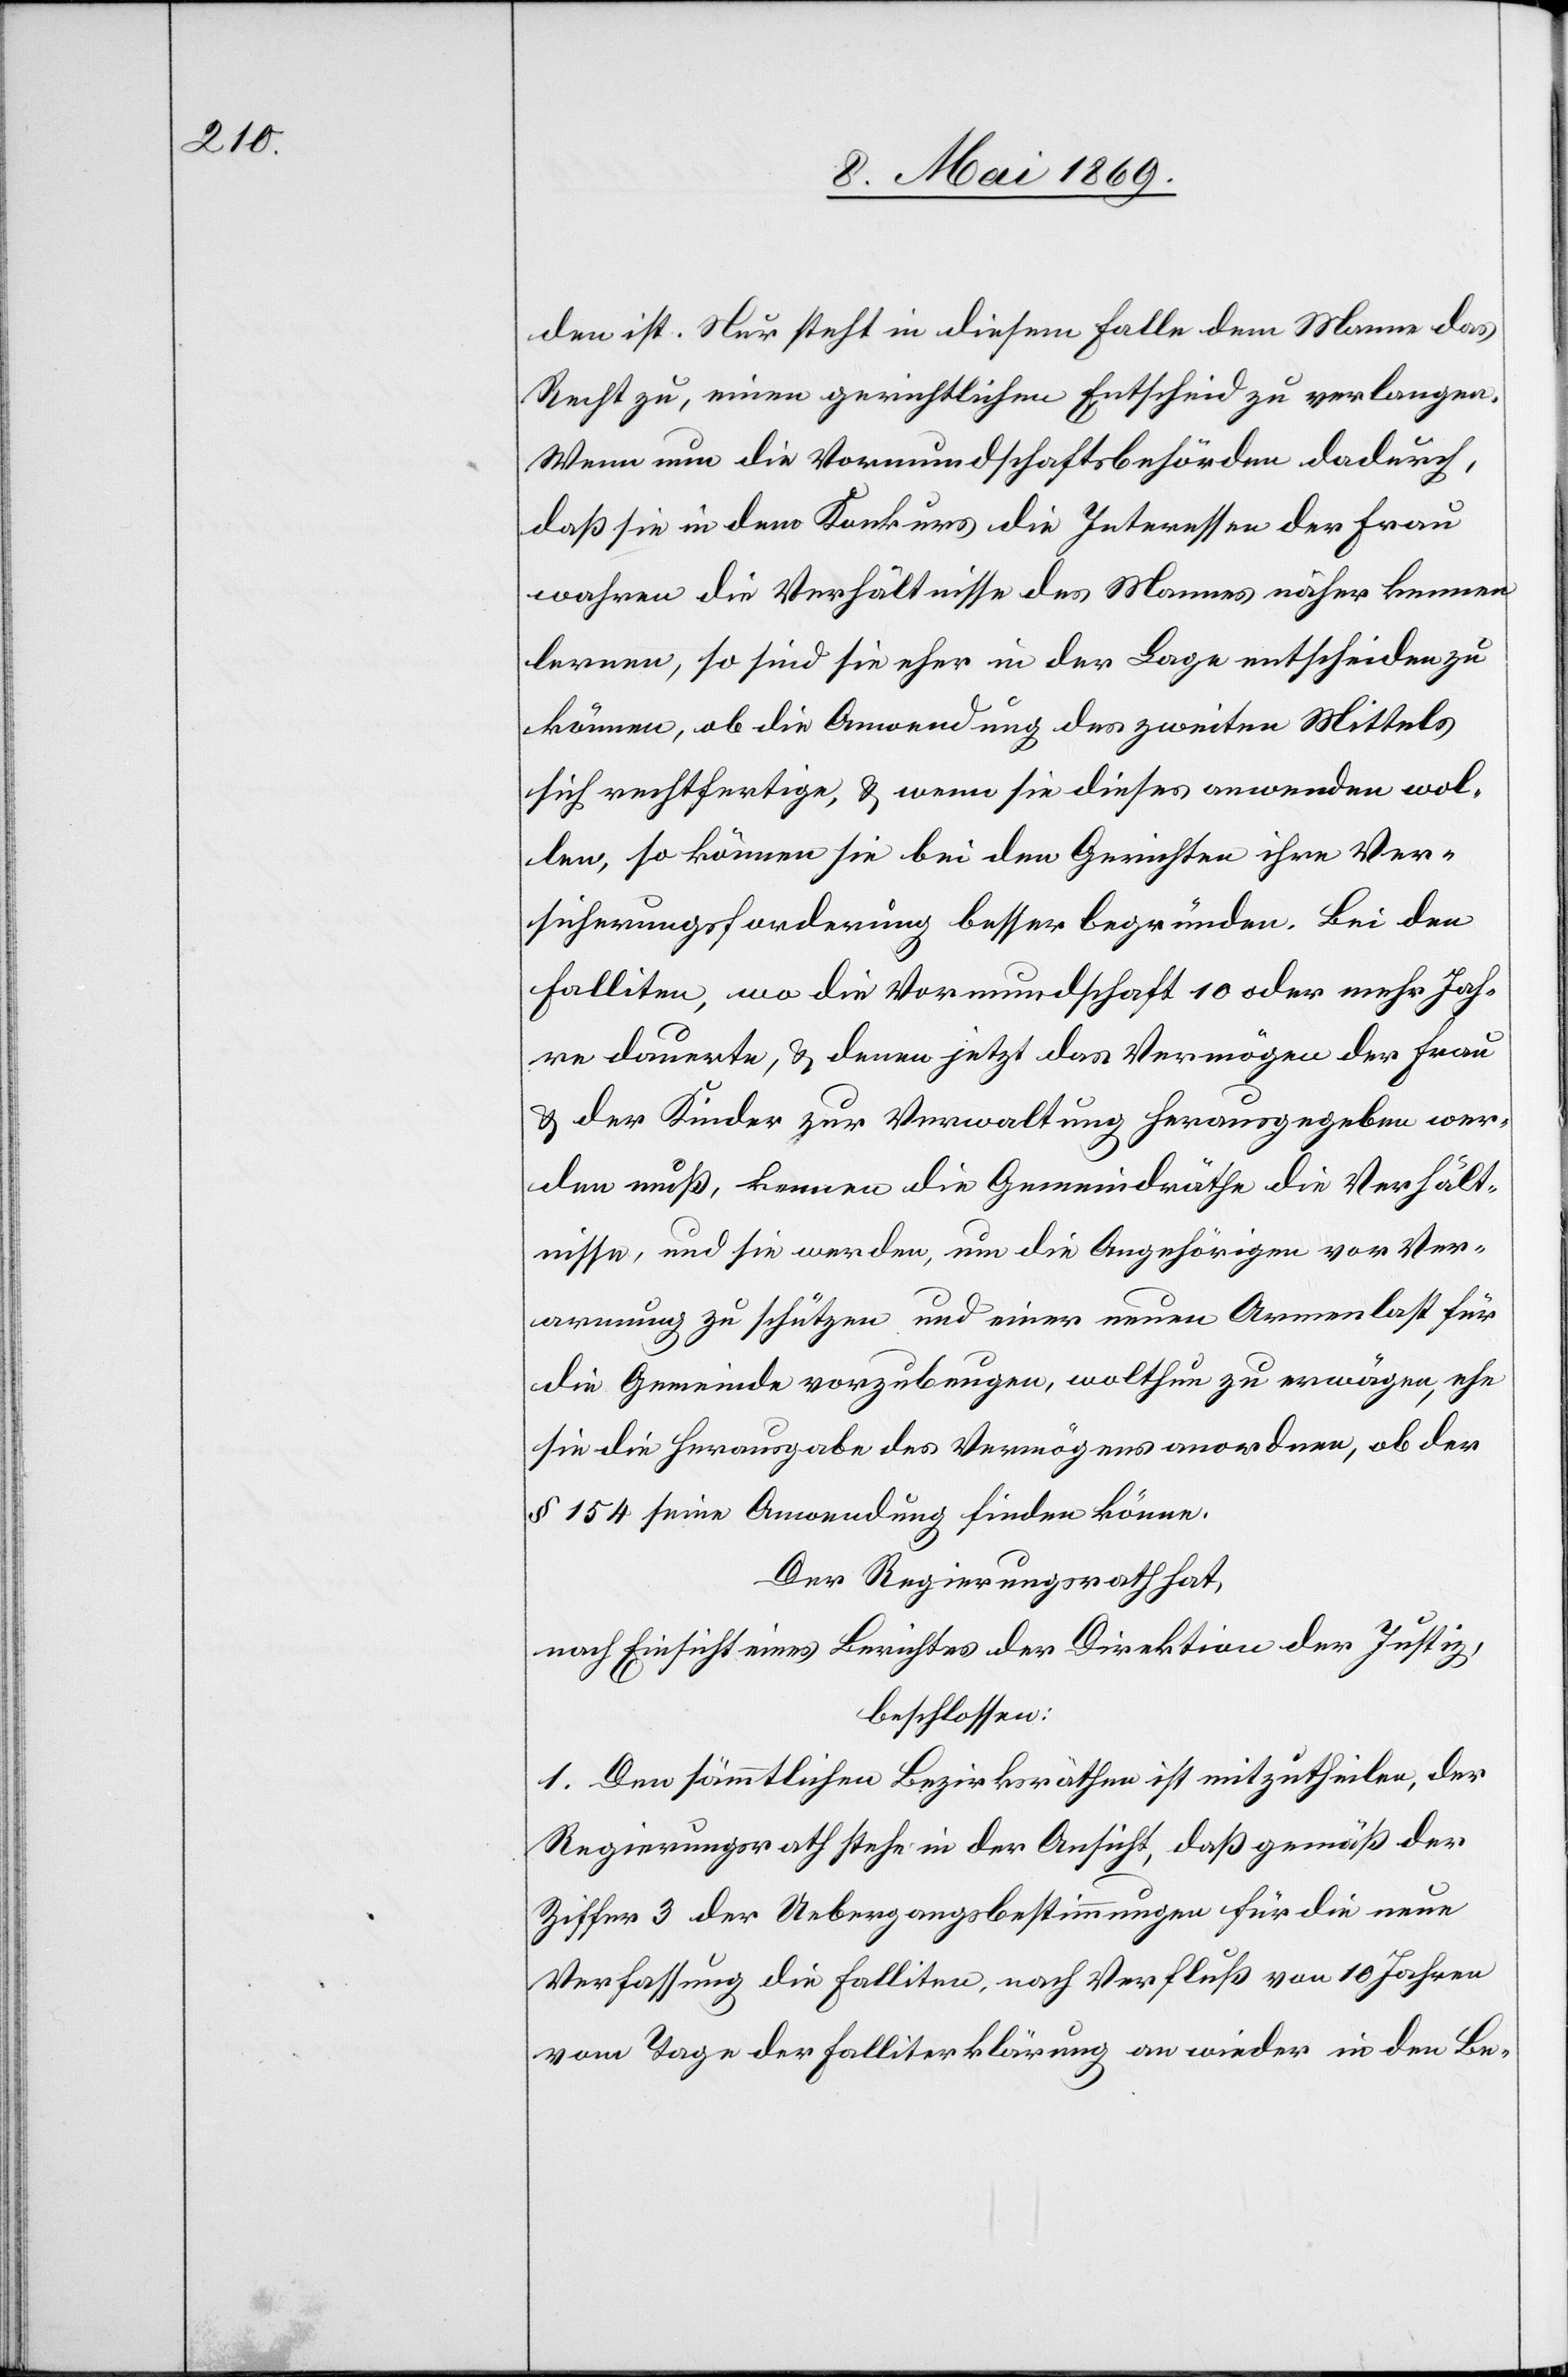
den ist. Nur steht in diesem Fall dem Manne das
Recht zu, einen gerichtlichen Entscheid zu verlangen.
Wenn nun die Vormundschaftsbehörden dadurch,
daß sie in dem Konkurs die Interessen der Frau
wahren die Verhältnisse des Mannes näher kennen
lernen, so sind sie eher in der Lage entscheiden zu
können, ob die Anwendung des zweiten Mittels
sich rechtfertige, u. wenn sie dieses anwenden wol¬
len, so können sie bei den Gerichten ihre Ver¬
sicherungsforderung besser begründen. Bei den
Falliten, wo die Vormundschaft 10 oder mehr Jah¬
re dauerte, u. denen jetzt das Vermögen der Fra¬
u u. Kinder zur Verwaltung herausgegeben wer¬
den muß, kennen die Gemeindräthe die Verhält¬
nisse, und sie werden, um die Angehörigen vor Ver¬
armung zu schützen und einer neuen Armenlast für
die Gemeinde vorzubeugen, wolthun zu erwägen, ehe
sie die Herausgabe des Vermögens anordnen, ob der
§ 154 seine Anwendung finden könne.
Der Regierungsrath hat,
nach Einsicht eines Berichtes der Direktion der Justiz,
beschlossen:
1. Den sämmtlichen Bezirksräthen ist mitzutheilen, der
Regierungsrathe stehe in der Ansicht, daß gemäß der
Ziffer 3 der Uebergangsbestimmungen für die neue
Verfassung die Falliten, nach Verfluß von 10 Jahren
vom Tage der Falliterklärung an wieder in den Be-